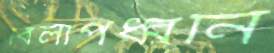
বিলাপধ্বনি